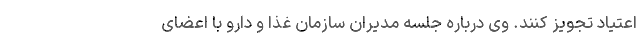
اعتیاد تجویز کنند. وی درباره جلسه مدیران سازمان غذا و دارو با اعضای